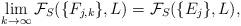
LaTeX: \begin{align*} \lim_{k\rightarrow\infty} \mathcal{F}_S(\{F_{j,k}\},L) = \mathcal{F}_S(\{E_j\},L),\end{align*}